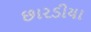
છારડીયા